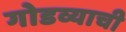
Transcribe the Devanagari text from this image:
गोडव्याची